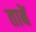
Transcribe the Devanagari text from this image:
ताबें